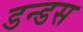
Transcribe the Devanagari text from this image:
डन्डस